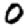
Digit: 0